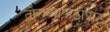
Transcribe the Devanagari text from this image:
तोरण्यापाठोपाठ